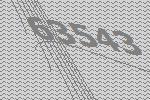
63543